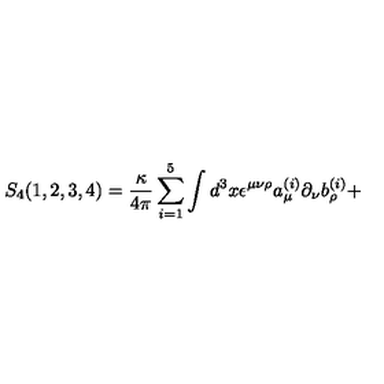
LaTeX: S _ { 4 } ( 1 , 2 , 3 , 4 ) = { \frac { \kappa } { 4 \pi } } \sum _ { i = 1 } ^ { 5 } \int d ^ { 3 } x \epsilon ^ { \mu \nu \rho } a _ { \mu } ^ { ( i ) } \partial _ { \nu } b _ { \rho } ^ { ( i ) } +